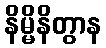
နိမ္မိနိတွာန